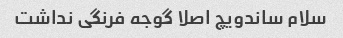
سلام ساندویچ اصلا گوجه فرنگی نداشت